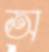
অ